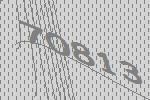
70813